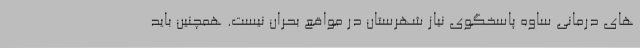
های درمانی ساوه پاسخگوی نیاز شهرستان در مواقع بحران نیست. همچنین باید